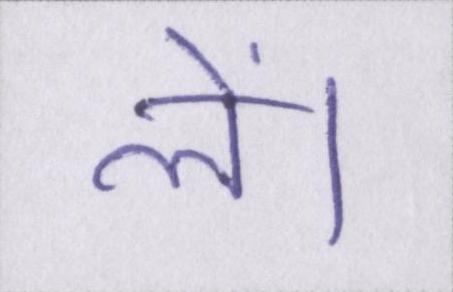
लें।